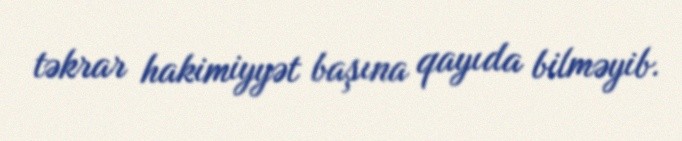
təkrar hakimiyyət başına qayıda bilməyib.